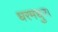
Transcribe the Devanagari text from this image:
धरमधुर।